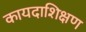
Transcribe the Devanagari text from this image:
कायदाशिक्षण